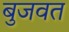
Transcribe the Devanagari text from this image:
बुजवत